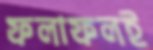
ফলাফলই